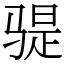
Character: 𫘨